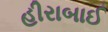
હીરાબાઈ